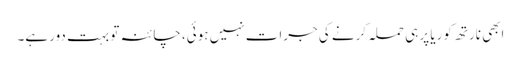
ابھی نارتھ کوریا پر ہی حملہ کرنے کی جرات نہیں ہوئی، چائنہ تو بہت دور ہے۔